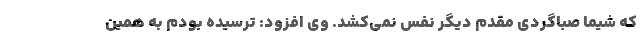
که شیما صباگردی مقدم دیگر نفس نمی‌کشد. وی افزود: ترسیده بودم به همین